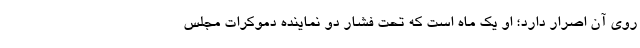
روی آن اصرار دارد؛ او یک ماه است که تحت فشار دو نماینده دموکرات مجلس